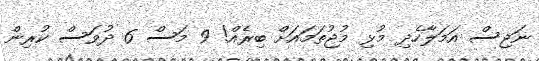
ނަޖިސް އަމަލާހެދި މުޅި މުޖުތަމައަށް ބިރެއް! 9 މަސް 6 ދުވަސް ކުރިން